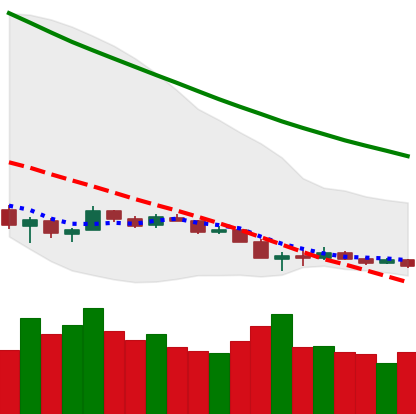
Ticker: ETH-USD
Chart end date: 2018-12-13
Forward return: 16.84%
Label: up_7plus